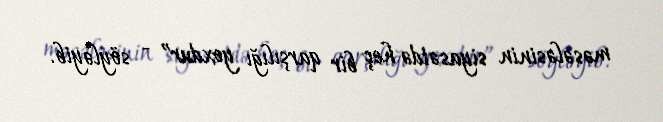
məsələsinin siyasətdə heç bir qarşılığı yoxdur” - söyləyib.